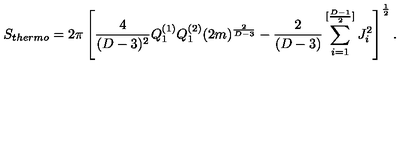
S _ { t h e r m o } = 2 \pi \left[ { \frac { 4 } { ( D - 3 ) ^ { 2 } } } Q _ { 1 } ^ { ( 1 ) } Q _ { 1 } ^ { ( 2 ) } ( 2 m ) ^ { \frac { 2 } { D - 3 } } - { \frac { 2 } { ( D - 3 ) } } \sum _ { i = 1 } ^ { [ { \frac { D - 1 } { 2 } } ] } J _ { i } ^ { 2 } \right] ^ { \frac { 1 } { 2 } } .